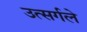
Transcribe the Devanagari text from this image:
उत्सर्गले